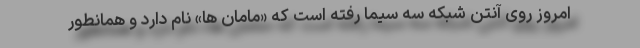
امروز روی آنتن شبکه سه سیما رفته است که «مامان ها» نام دارد و همانطور